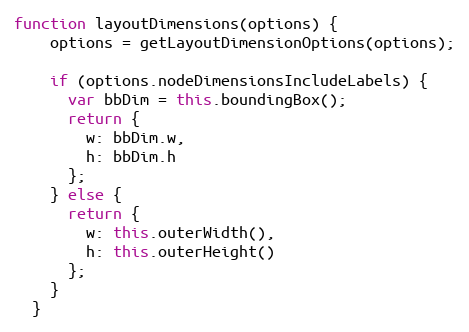
Language: JavaScript
function layoutDimensions(options) {
    options = getLayoutDimensionOptions(options);

    if (options.nodeDimensionsIncludeLabels) {
      var bbDim = this.boundingBox();
      return {
        w: bbDim.w,
        h: bbDim.h
      };
    } else {
      return {
        w: this.outerWidth(),
        h: this.outerHeight()
      };
    }
  }